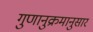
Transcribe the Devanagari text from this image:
गुणानुक्रमानुसार